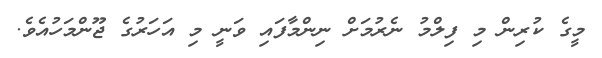
މީގެ ކުރިން މި ފިލްމު ނެރުމަށް ނިންމާފައި ވަނީ މި އަހަރުގެ ޖޫންމަހުއެވެ.